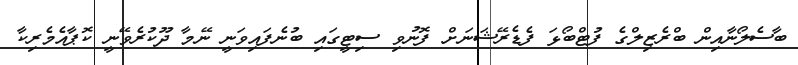
ބާސެލޯނާއިން ބްރެޒިލްގެ ފުޓްބޯޅަ ފެޑެރޭޝަނަށް ފޮނުވި ސިޓީގައި ބުނެފައިވަނީ ނޭމާ ދޫކުރެވޭނީ ކޮޕާއެމެރިކާ